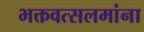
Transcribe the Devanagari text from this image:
भक्तवत्सलमांना